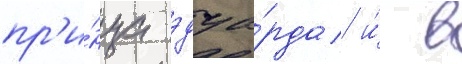
пр'и́нца эдуа́рда и́ в